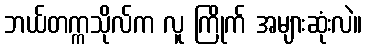
ဘယ်တက္ကသိုလ်က လူ ကြိုက် အများဆုံးလဲ။